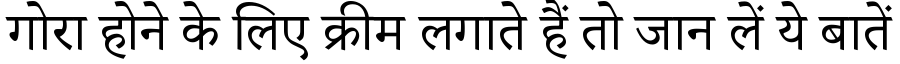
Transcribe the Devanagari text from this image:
गोरा होने के लिए क्रीम लगाते हैं तो जान लें ये बातें